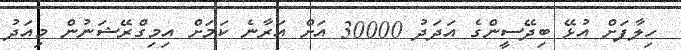
ހިލާފަށް އުޅޭ ބިދޭސީންގެ އަދަދު 30000 އަށް އަރާނެ ކަމަށް އިމިގްރޭޝަނުން މިއަދު